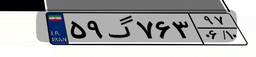
۵۹گ۷۶۳۹۷